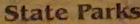
State Parks